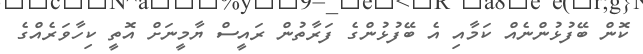
ކޮން ބޭފުޅުންނެއް ކަމާއި އެ ބޭފުޅުންގެ ފަރާތުން ރައީސް ޔާމީނަށް އޮތީ ކިހާވަރެއްގެ